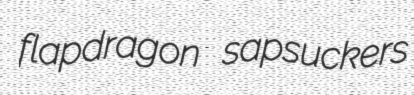
flapdragon sapsuckers